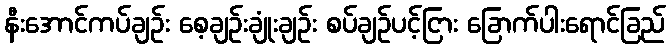
နီးအောင်ကပ်ချဉ်း စေ့ချဉ်းချုံးချဉ်း စပ်ချဉ်ပင့်ငြား ခြောက်ပါးရောင်ခြည်